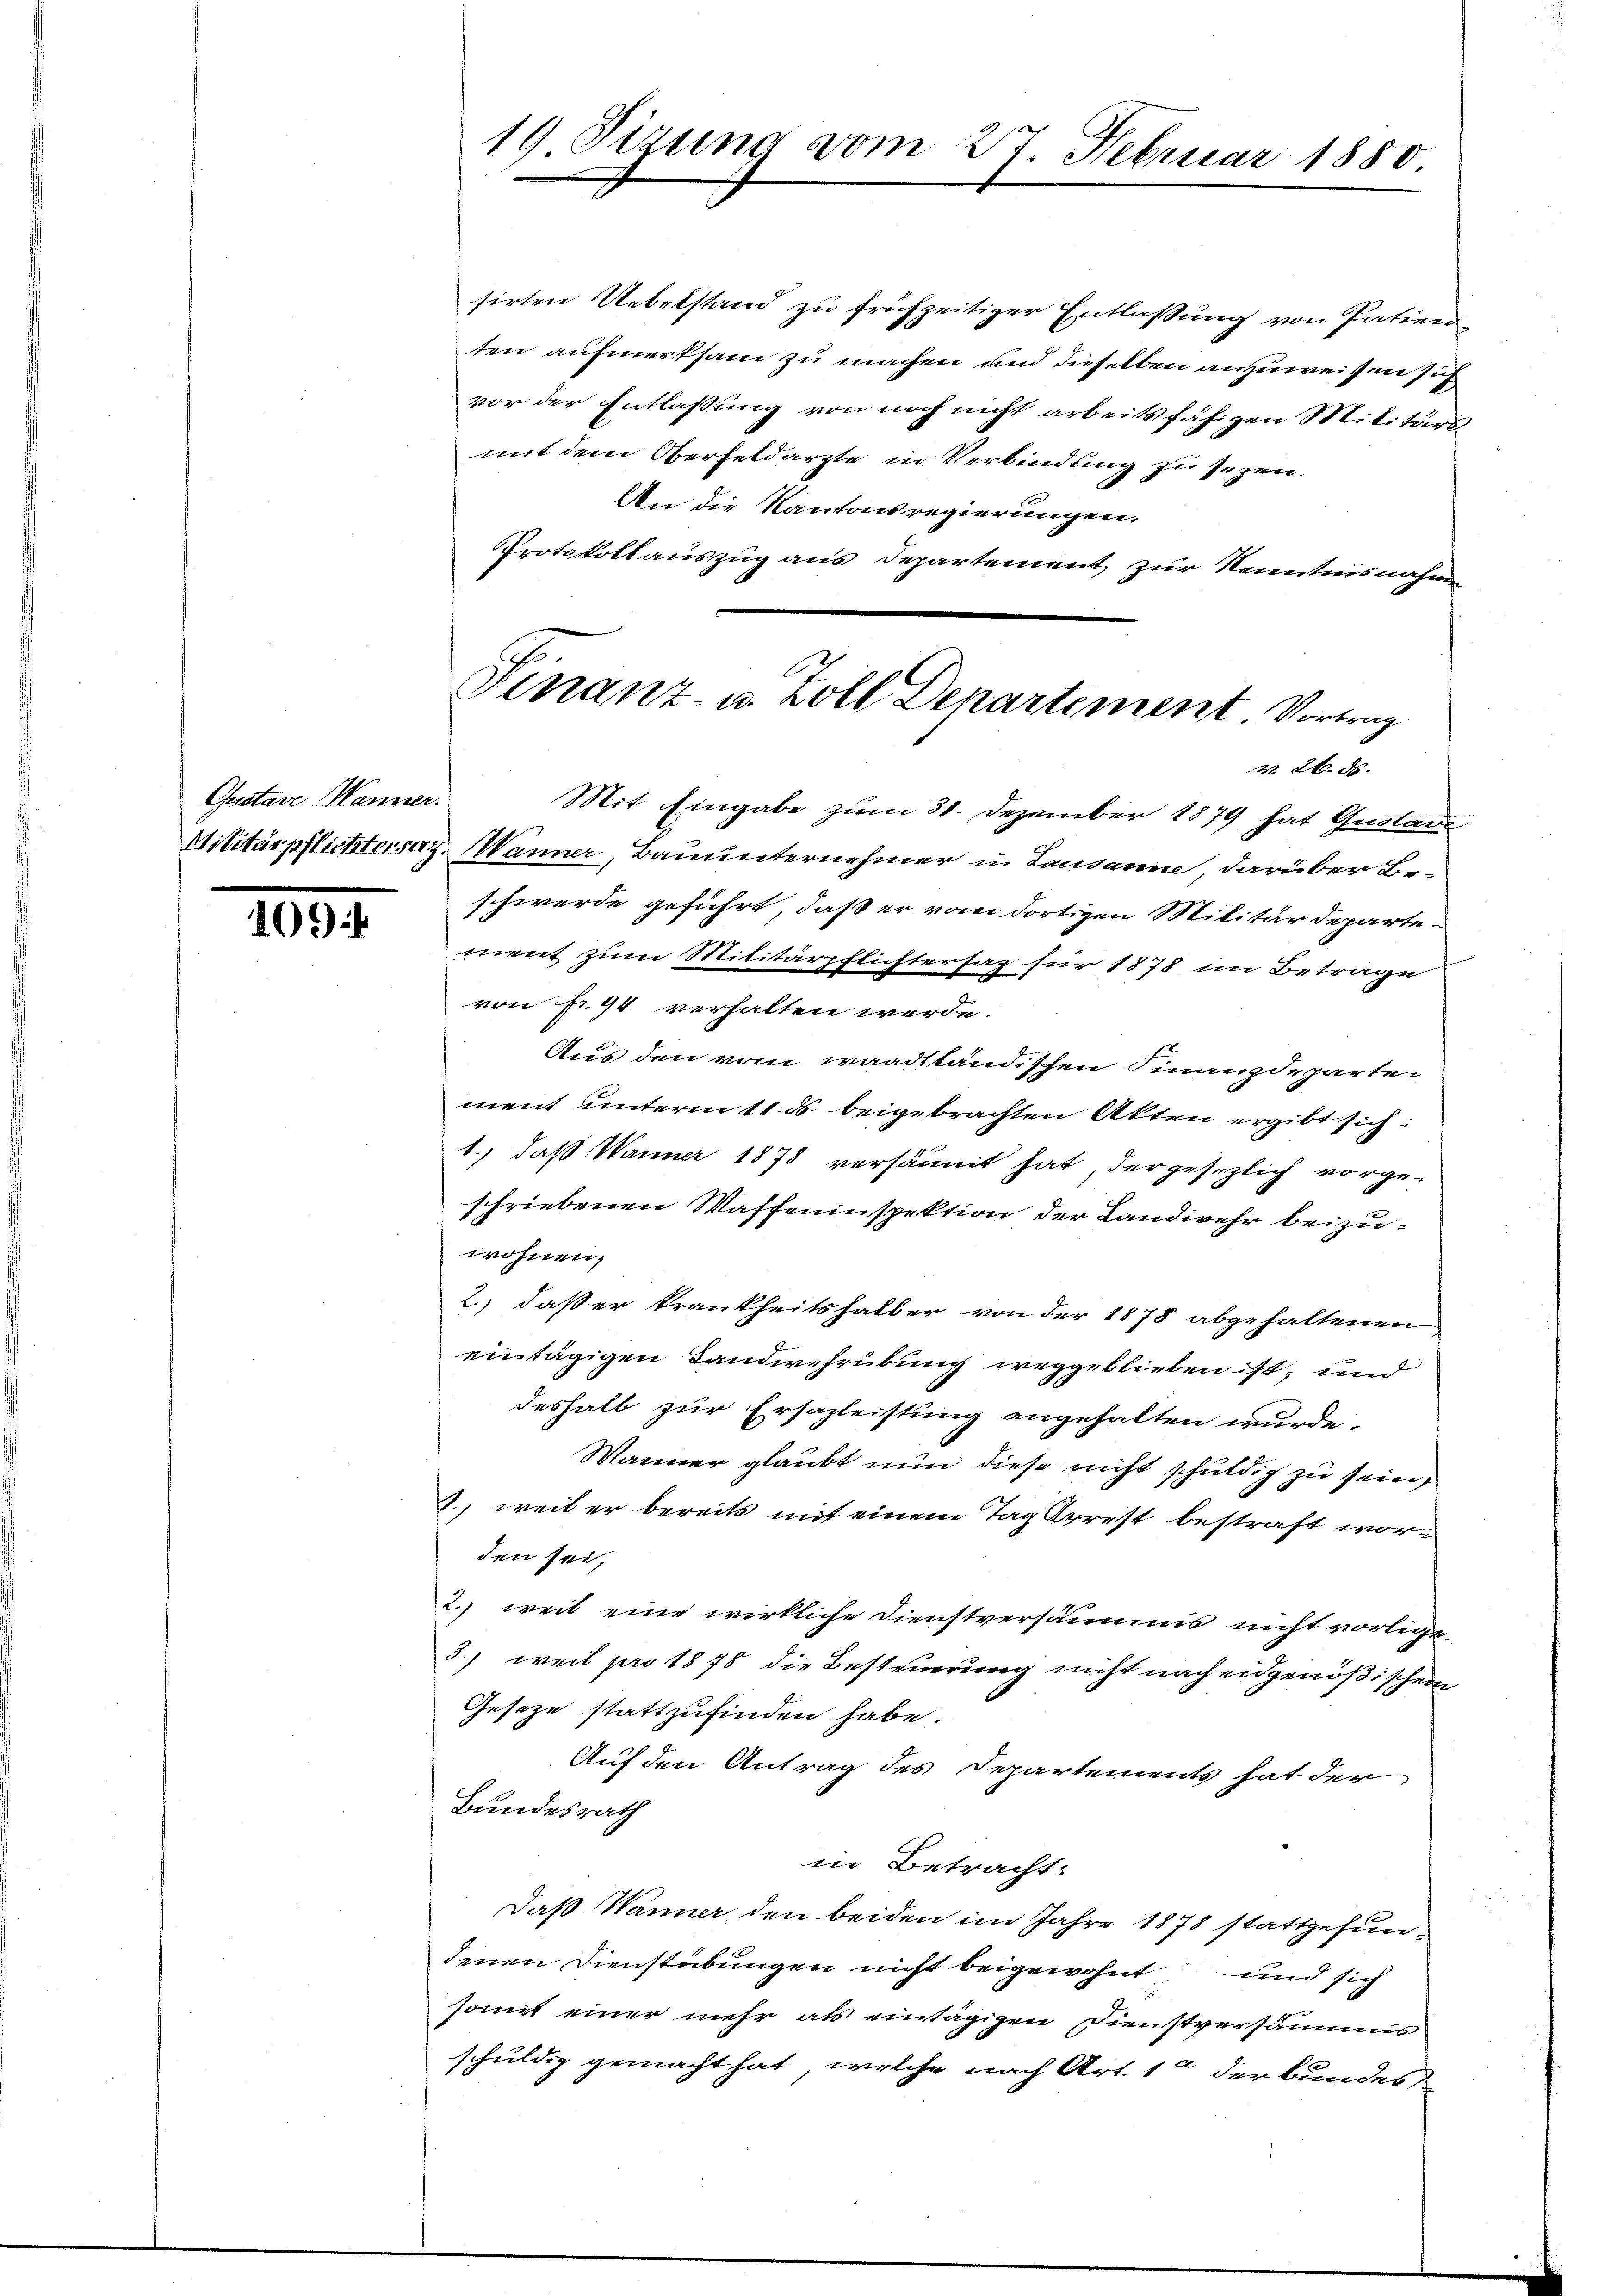
Gustare Wanner.

1004.

19 Sirung vom 27. Februar 1880

sirten Uebelstand zu frühzeitiger Entlassung von Pateren
ten aufmerksam zu machen und dieselben anzuweisen sich
vor der Entlassung von noch nicht arbeitsfähigen Militärs
mit dem Oberfeldarzte in Verbindung zu sezen.
d
An die Kantonsregierungen.
Protokollauszug aus Departement zur Kenntnisnahmen

Finanz- u. Zoll Departement, Vortrag
§ 26. ds.

Mit Eingabe zum 31. Dezember 1879 hat Gustan
Militärpflichtersag. Manner, Bauunternehmer in Lausanne, darüber Beschwerde geführt, daß er vom dortigen Militärdeparte-
ment zum Militärpflichtersaz für 1878 im Betrage
von fr. 94 verhalten werde.
Aus den vom waadtländischen Finanzdeparter
ment unterm 11. ds. beigebrachten Akten ergibt sich
1., daß Wanner 1878 versäumt hat, der gesezlich vorge-
schriebenen Waffeninspektion der Landwehr beizu-
wohnen.
2.) daß er krankheitshalber von der 1878 abgehaltenen
eintägigen Landwehrübung weggeblieben ist, und
deshalb zur Ersazleistung angehalten wurde.
Männer glaubt nun diese nicht schuldig zu sein,
2., weil er bereits mit einem Tag Arrest bestraft worden sei,
2. weit eine wirkliche Dienstversäumis nicht vorligt.
3.) weil pro 1878 die Besteuerung nicht nach eidgenößischen
Gesetze stattzufinden habe.
Auf den Antrag des Departements hat der
Bundesrath
in Betracht:
Daß Wanner den beiden im Jahre 1878 stattgefundenen Dienstübungen nicht beigewohnt und sich
somit einer mehr als eintägigen Dienstversammes
schuldig gemacht hat, welche nach Art. 10 der Bundes